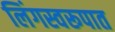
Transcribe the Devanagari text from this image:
लिंगस्वरूपात